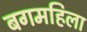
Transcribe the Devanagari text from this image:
बगमहिला